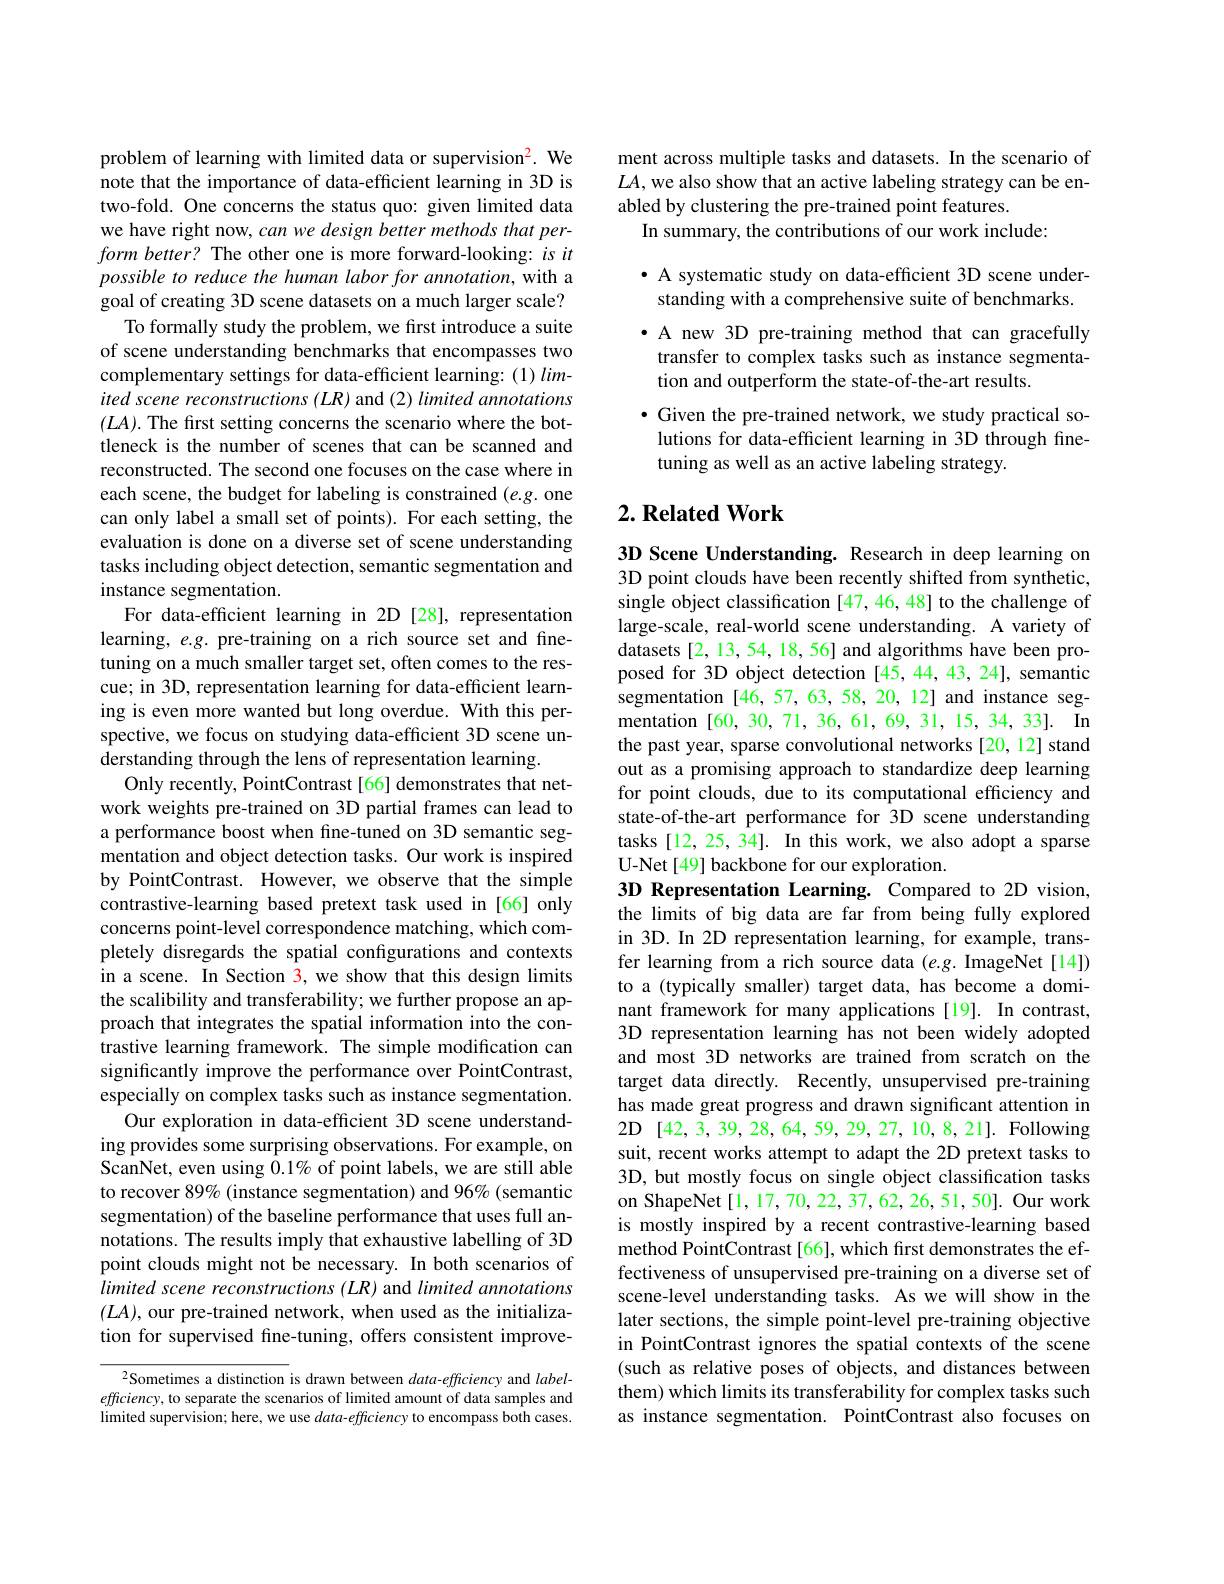
problem of learning with limited data or supervision$^2.$ We note that the importance of data-efficient learning in 3D is two-fold. One concerns the status quo: given limited data we have right now, can we design better methods that per- $formbetter?$ The other one is more forward-looking: isit possible to reduce the human labor for annotation, with a goal of creating 3D scene datasets on a much larger scale?
To formally study the problem, we first introduce a suite of scene understanding benchmarks that encompasses two complementary settings for data-efficient learning:(1) limited scene reconstructions (LR) and (2) limited annotations $(LA).$ The first setting concerns the scenario where the bottleneck is the number of scenes that can be scanned and reconstructed. The second one focuses on the case where in each scene, the budget for labeling is constrained (e.g. one can only label a small set of points). For each setting, the evaluation is done on a diverse set of scene understanding tasks including object detection, semantic segmentation and instance segmentation.
For data-efficient learning in 2D [28], representation learning, $e.g.$ pre-training on a rich source set and finetuning on a much smaller target set, often comes to the rescue; in 3D, representation learning for data-efficient learning is even more wanted but long overdue. With this perspective, we focus on studying data-efficient 3D scene understanding through the lens of representation learning.
Only recently, PointContrast[66] demonstrates that network weights pre-trained on 3D partial frames can lead to a performance boost when fine-tuned on 3D semantic segmentation and object detection tasks. Our work is inspired by PointContrast. However, we observe that the simple contrastive-learning based pretext task used in [66] only concerns point-level correspondence matching, which completely disregards the spatial configurations and contexts in a scene. In Section 3, we show that this design limits the scalibility and transferability; we further propose an approach that integrates the spatial information into the contrastive learning framework. The simple modification can significantly improve the performance over PointContrast, especially on complex tasks such as instance segmentation.
Our exploration in data-efficient 3D scene understanding provides some surprising observations. For example, on ScanNet, even using $0.1\%$ of point labels, we are still able to recover 89% (instance segmentation) and 96% (semantic segmentation) of the baseline performance that uses full annotations. The results imply that exhaustive labelling of 3D point clouds might not be necessary. In both scenarios of limited scene reconstructions (LR) and limited annotations $(LA)$, our pre-trained network, when used as the initialization for supervised fine-tuning, offers consistent improve-
$^{2}$Sometimes a distinction is drawn between $data-efficiency$ and $label-$

efficiency, to separate the scenarios of limited amount of data samples and limited supervision; here, we use $data-efficiency$ to encompass both cases.

ment across multiple tasks and datasets. In the scenario of $LA$, we also show that an active labeling strategy can be enabled by clustering the pre-trained point features.
In summary, the contributions of our work include:

· A systematic study on data-efficient 3D scene understanding with a comprehensive suite of benchmarks. · A new 3D pre-training method that can gracefully transfer to complex tasks such as instance segmentation and outperform the state-of-the-art results.

$\bullet$ Given the pre-trained network, we study practical so-
lutions for data-efficient learning in 3D through fine-
tuning as well as an active labeling strategy.

## $2. \textbf{Related Work}$

3D Scene Understanding. Research in deep learning on 3D point clouds have been recently shifted from synthetic, single object classification [47,46,48] to the challenge of large-scale, real-world scene understanding. A variety of datasets[2, 13, 54, 18, 56] and algorithms have been proposed for 3D object detection [45,44,43,24], semantic segmentation [46,57,63,58,20,12] and instance segmentation [60,30,71,36,61,69,31,15,34,33]. In the past year, sparse convolutional networks [20,12] stand out as a promising approach to standardize deep learning for point clouds, due to its computational efficiency and state-of-the-art performance for 3D scene understanding tasks [12, 25, 34]. In this work, we also adopt a sparse U-Net[49] backbone for our exploration.
3D Representation Learning. Compared to 2D vision, the limits of big data are far from being fully explored in 3D. In 2D representation learning, for example, transfer learning from a rich source data $(e.g.$ ImageNet[14]) to a (typically smaller) target data, has become a dominant framework for many applications [19]. In contrast, 3D representation learning has not been widely adopted and most 3D networks are trained from scratch on the target data directly. Recently, unsupervised pre-training has made great progress and drawn significant attention in 2D [42,3,39,28,64,59,29,27,10,8,21]. Following suit, recent works attempt to adapt the 2D pretext tasks to 3D, but mostly focus on single object classification tasks on ShapeNet [1,17,70,22,37,62,26,51,50]. Our work is mostly inspired by a recent contrastive-learning based method PointContrast[66], which first demonstrates the effectiveness of unsupervised pre-training on a diverse set of scene-level understanding tasks. As we will show in the later sections, the simple point-level pre-training objective in PointContrast ignores the spatial contexts of the scene (such as relative poses of objects, and distances between them) which limits its transferability for complex tasks such as instance segmentation. PointContrast also focuses on